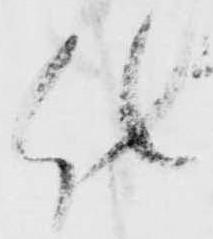
仕